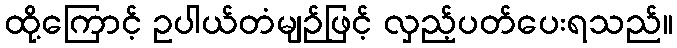
ထို့ကြောင့် ဥပါယ်တံမျဉ်ဖြင့် လှည့်ပတ်ပေးရသည်။